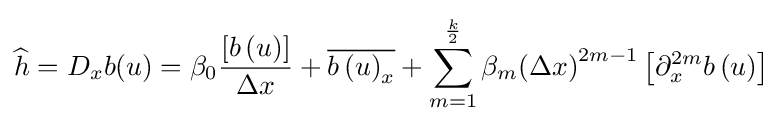
{\widehat {h}}=D_{x}b(u)=\beta _{0}{\frac {\left[b\left(u\right)\right]}{\Delta x}}+{\overline {{b\left(u\right)}_{x}}}+\sum _{m=1}^{\frac {k}{2}}\beta _{m}{\left(\Delta x\right)}^{2m-1}\left[\partial _{x}^{2m}b\left(u\right)\right]